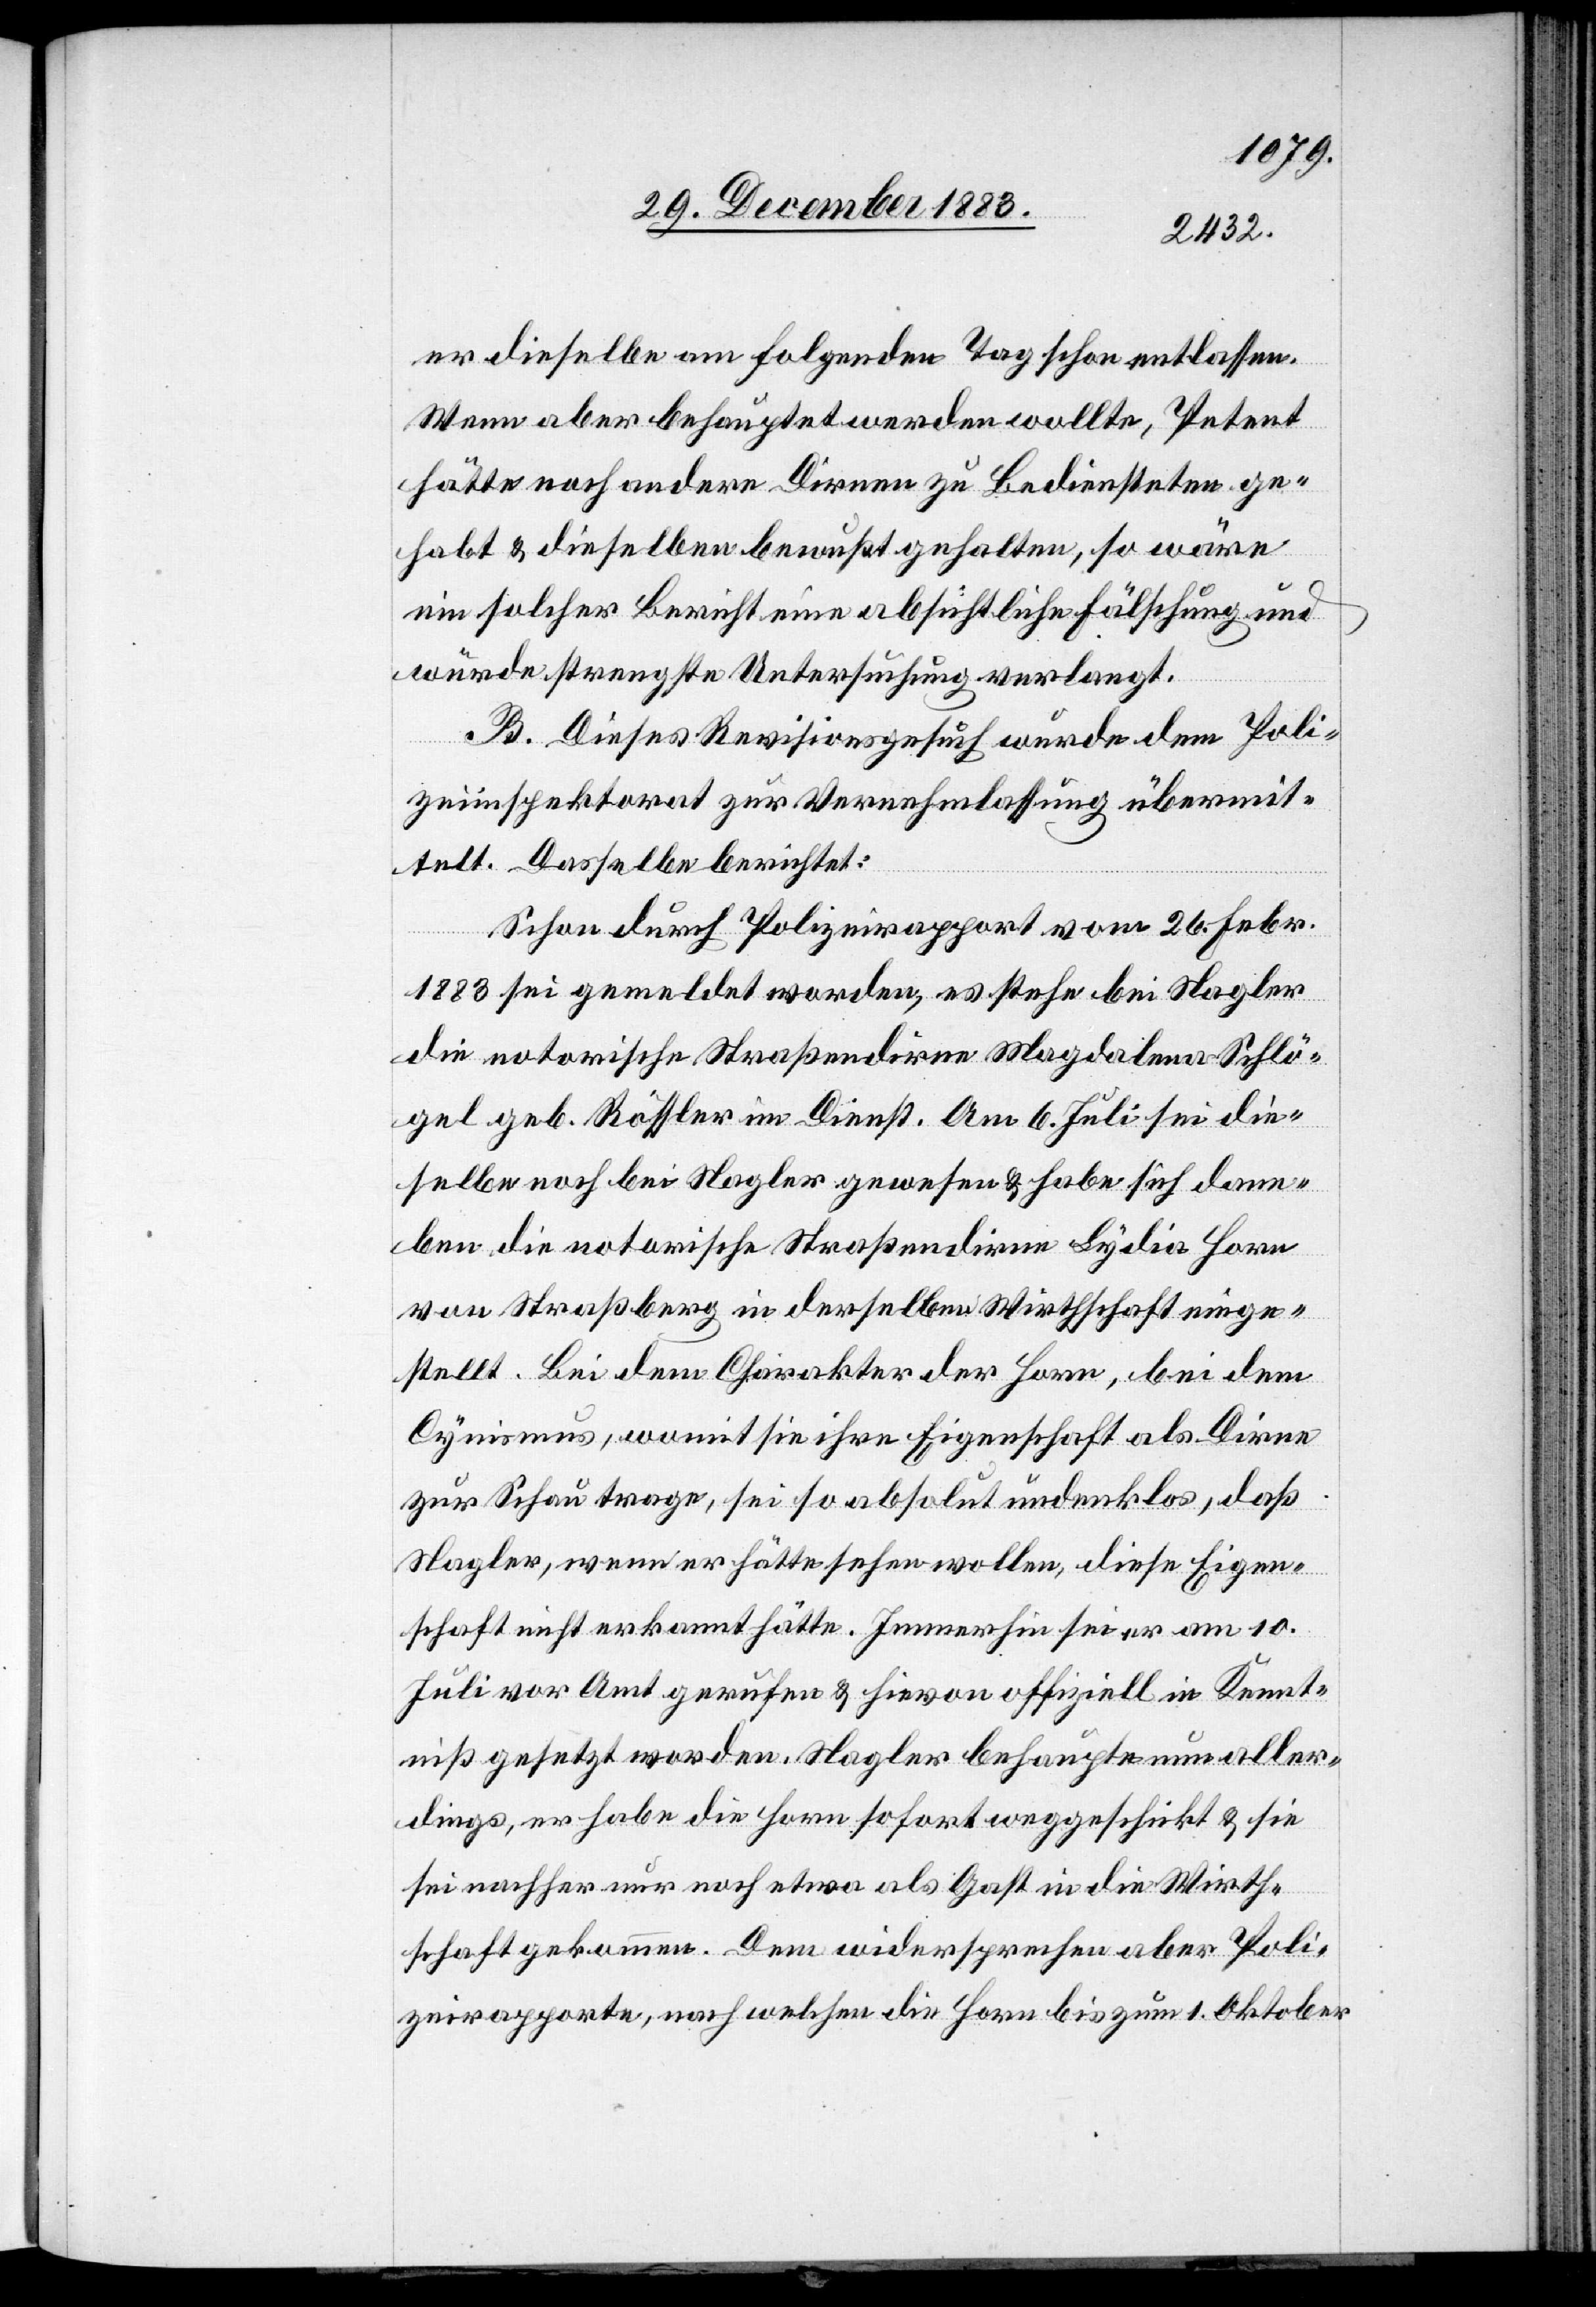
er dieselbe am folgenden Tag schon entlassen.
Wenn aber behauptet werden wollte, Petent
hätte noch andere Dirnen zu Bediensteten ge¬
habt & dieselben bewußt gehalten, so wäre
ein solcher Bericht eine absichtliche Fälschung und
würde strengste Untersuchung verlangt.
B. Dieses Revisionsgesuch wurde dem Poli¬
zeiinspektorat zu Vernehmlassung übermit¬
telt Dasselbe berichtet:
Schon durch Polizeirapport vom 26. Febr.
1883 sei gemeldet worden, es stehe bei Nagler
die notorische Straßendirne Magdalena Schlö¬
gel geb. Rössler im Dienst. Am 6. Juli sei die¬
selbe noch bei Nagler gewesen & habe sich dane¬
ben die notorische Straßendirne Lydia Horn
von Straßberg in derselben Wirthschaft einge¬
stellt. Bei dem Charakter der Horn, bei dem
Cynismus, womit sie ihre Eigenschaft als Dirne
zur Schau trage, sei so absolut undenklos, daß
Nagler, wenn er hätte sehen wollen, diese Eigen¬
schaft nicht erkannt hätte. Immerhin sei er am 10.
Juli vor Amt gerufen & hievon offiziell in Kennt¬
niß gesetzt worden. Nagler behaupte nun aller¬
dings, er habe die Horn sofort weggeschickt & sie
sei nachher nur noch etwa als Gast in die Wirth¬
schaft gekommen. Dem widersprechen aber Poli¬
zeirapporte, nach welchen die Horn bis zum 1. Oktober